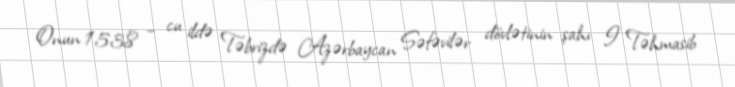
Onun 1538 – cu ildə Təbrizdə Azərbaycan Səfəvilər dövlətinin şahı I Təhmasib